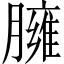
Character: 臃